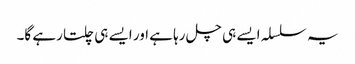
یہ سلسلہ ایسے ہی چل رہا ہے اور ایسے ہی چلتا رہے گا۔